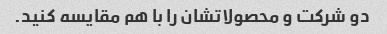
دو شرکت و محصولاتشان را با هم مقایسه کنید.